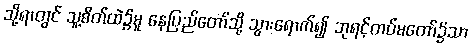
သို့ရာတွင် သူ့စိတ်ထဲ၌မူ နေပြည်တော်သို့ သွားရောက်၍ ဘုရင့်တပ်မတော်၌သာ